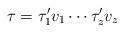
LaTeX: \begin{align*} \tau = \tau'_1 v_1 \cdots \tau'_z v_z\end{align*}